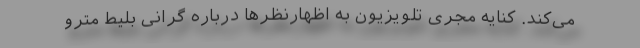
می‌کند. کنایه مجری تلویزیون به اظهارنظرها درباره گرانی بلیط مترو